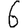
Digit: 6